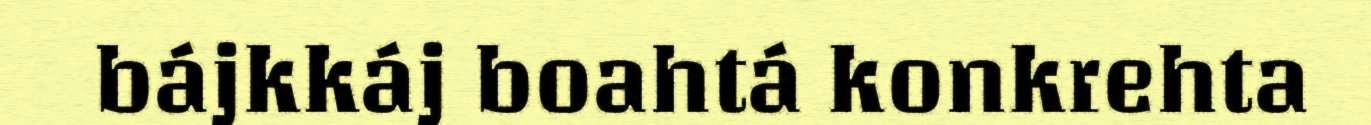
bájkkáj boahtá konkrehta